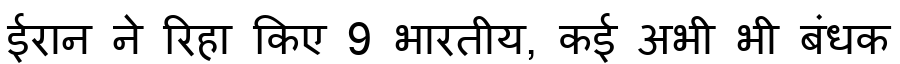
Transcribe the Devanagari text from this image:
ईरान ने रिहा किए 9 भारतीय, कई अभी भी बंधक